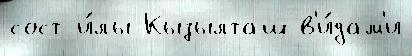
сост и́лы Кызылташ в'и́дам'и